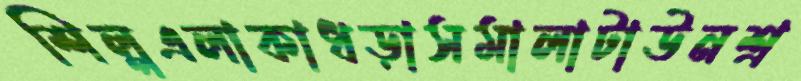
শিল্পএলাকাধড়াসমালাটাউনশ্র